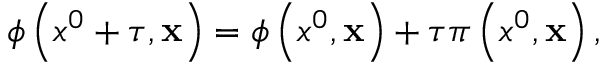
\phi \left( x ^ { 0 } + \tau , { \bf x } \right) = \phi \left( x ^ { 0 } , { \bf x } \right) + \tau \pi \left( x ^ { 0 } , { \bf x } \right) ,